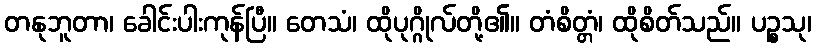
တနုဘူတာ၊ ခေါင်းပါးကုန်ပြီ။ တေသံ၊ ထိုပုဂ္ဂိုလ်တို့၏။ တံစိတ္တံ၊ ထိုစိတ်သည်။ ပဉ္စသု၊